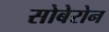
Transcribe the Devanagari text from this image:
सोबेरोन